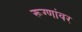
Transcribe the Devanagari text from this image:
रूग्णांवर